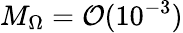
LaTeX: M_{\Omega}=\mathcal{O}(10^{-3})